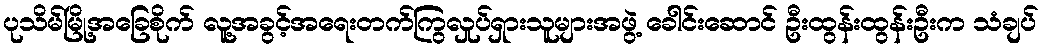
ပုသိမ်မြို့အခြေစိုက် လူ့အခွင့်အရေးတက်ကြွလှုပ်ရှားသူများအဖွဲ့ ခေါင်းဆောင် ဦးထွန်းထွန်းဦးက သံချပ်